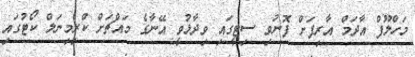
މަހްލޫފް އާދަމް އާރިފަށް ފޮނުވި ސިޓީގައި ވިދާޅުވީ އޭނާގެ މައްޗަށް ކްރިމިނަލް ކޯޓުގައި